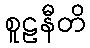
စူဠနီတိ